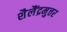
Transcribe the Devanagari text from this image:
शैलैंद्रमुत्तर